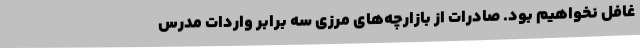
غافل نخواهیم بود. صادرات از بازارچه‌های مرزی سه برابر واردات مدرس